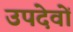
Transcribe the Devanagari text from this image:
उपदेवों